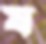
য